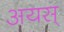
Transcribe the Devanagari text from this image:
अयस्‌